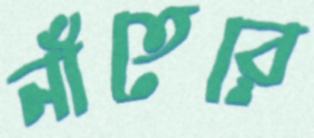
নাঁতেরে